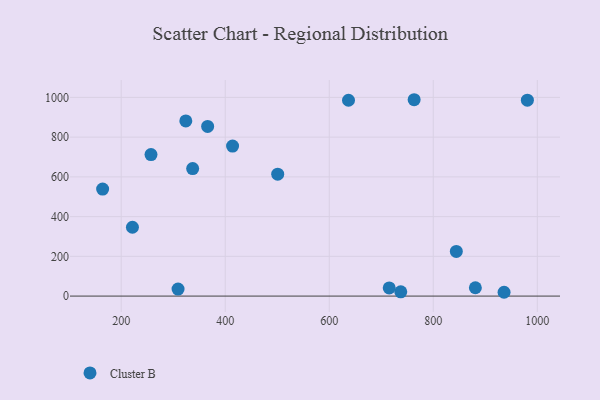
{"axis": {"x": "Price", "y": "Profit"}, "legend": ["Cluster B"], "data": [{"x": "257.3", "y": 712.1, "type": "Cluster B"}, {"x": "936.1", "y": 19.2, "type": "Cluster B"}, {"x": "980.9", "y": 985.8, "type": "Cluster B"}, {"x": "414.1", "y": 754.9, "type": "Cluster B"}, {"x": "337.4", "y": 642.0, "type": "Cluster B"}, {"x": "309.3", "y": 35.4, "type": "Cluster B"}, {"x": "880.9", "y": 41.9, "type": "Cluster B"}, {"x": "366.2", "y": 854.0, "type": "Cluster B"}, {"x": "324.2", "y": 881.4, "type": "Cluster B"}, {"x": "221.6", "y": 346.4, "type": "Cluster B"}, {"x": "500.9", "y": 613.8, "type": "Cluster B"}, {"x": "164.3", "y": 538.5, "type": "Cluster B"}, {"x": "737.5", "y": 21.5, "type": "Cluster B"}, {"x": "844.3", "y": 224.9, "type": "Cluster B"}, {"x": "763.2", "y": 988.3, "type": "Cluster B"}, {"x": "637.0", "y": 985.7, "type": "Cluster B"}, {"x": "715.3", "y": 41.1, "type": "Cluster B"}]}